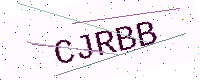
Text: CJRBB